Annual administration report of the Civil Veterinary Department of India - 1895-1896
Year: 1895
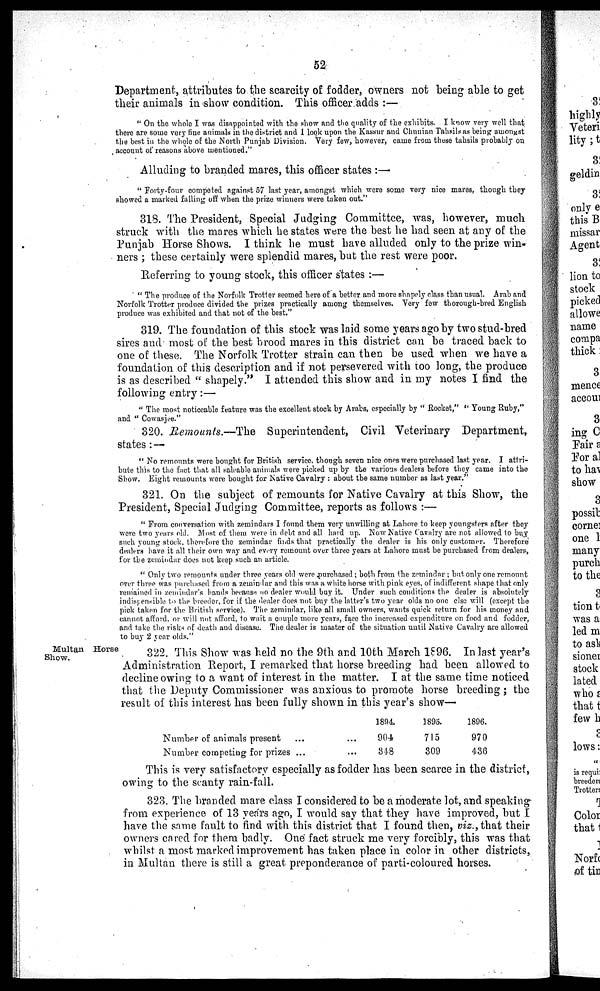
52
Department, attributes to the scarcity of fodder, owners not being able to get
their animals in show condition. This officer adds:—
"On the whole I was disappointed with the show and the quality of the exhibits. I know very well that
there are some very line animals in the district and I look upon the Kassur and Chunian Tahsils as being amongst
the best in the whole of the North Punjab Division. Very few, however, came from these tahsils probably on
account of reasons above mentioned."
Alluding to branded mares, this officer states:—
"Forty-four competed against 57 last year, amongst which were some very nice mares, though they
showed a marked falling off when the prize winners were taken out."
318. The President, Special Judging Committee, was, however, much
struck with the mares which he states were the best he had seen at any of the
Punjab Horse Shows. I think he must have alluded only to the prize win-
ners ; these certainly were splendid mares, but the rest were poor.
Referring to young stock, this officer states:—
"The produce of the Norfolk Trotter seemed here of a better and more shapely class than usual. Arab and
Norfolk Trotter produce divided the prizes practically among themselves. Very few thorough-bred English
produce was exhibited and that not of the best."
319. The foundation of this stock was laid some years ago by two stud-bred
sires and most of the best brood mares in this district can be traced back to
one of these. The Norfolk Trotter strain can then be used when we have a
foundation of this description and if not persevered with too long, the produce
is as described " shapely." I attended this show and in my notes I find the
following entry:—
"The most noticeable feature was the excellent stock by Arabs, especially by " Rocket," " Young Ruby,"
and " Cowasjee."
320. Remounts.—The Superintendent, Civil Veterinary Department,
states: —
"No remounts were bought for British service, though seven nice ones were purchased last year. I attri-
bute this to the fact that all saleable animals were picked up by the various dealers before they came into the
Show. Eight remounts were bought for Native Cavalry : about the same number as last year."
321. On the subject of remounts for Native Cavalry at this Show, the
President, Special Judging Committee, reports as follows:—
"From conversation with zemindars I found them very unwilling at Lahore to keep youngsters after they
were two years old. Most of them were in debt and all hard up. Now Native Cavalry are not allowed to buy
such young stock, therefore the zemindar finds that practically the dealer is his only customer. Therefore
dealers have it all their own way and every remount over three years at Lahore must be purchased from dealers,
for the zemindar does not keep such an article.
"Only two remounts under three years old were purchased ; both from the zemindar ; but only one remount
over three was purchased from a zemindar and this was a white horse with pink eyes, of indifferent shape that only
remained in zemindar's hands because no dealer would buy it. Under such conditions the dealer is absolutely
indispensible to the breeder, for if the dealer does not buy the latter's two year olds no one else will (except the
pick taken for the British service). The zemindar, like all small owners, wants quick return for his money and
cannot afford, or will not afford, to wait a couple more years, face the increased expenditure on food and fodder,
and take the risks of death and disease. The dealer is master of the situation until Native Cavalry are allowed
to buy 2 year olds."
Multan
Horse
Show.
322. This Show was held no the 9th and 10th March 1896. In last year's
Administration Report, I remarked that horse breeding had been allowed to
decline owing to a want of interest in the matter. I at the same time noticed
that the Deputy Commissioner was anxious to promote horse breeding; the
result of this interest has been fully shown in this year's show—
Number of animals present ... ...
Number competing for prizes ... ...
1894.
904
348
1895.
715
309
1896.
970
436
This is very satisfactory especially as fodder has been scarce in the district,
owing to the scanty rain-fall.
323. The branded mare class I considered to be a moderate lot, and speaking
from experience of 13 years ago, I would say that they have improved, but I
have the same fault to find with this district that I found then, viz., that their
owners cared for them badly. One fact struck me very forcibly, this was that
whilst a most marked improvement has taken place in color in other districts,
in Multan there is still a great preponderance of parti-coloured horses.